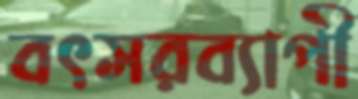
বৎসরব্যাপী